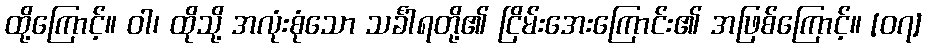
ထို့ကြောင့်။ ဝါ၊ ထိုသို့ အလုံးစုံသော သင်္ခါရတို့၏ ငြိမ်းအေးကြောင်း၏ အဖြစ်ကြောင့်။ [၀၇]